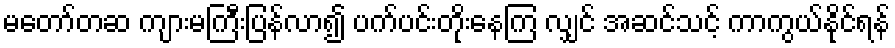
မတော်တဆ ကျားမကြီးပြန်လာ၍ ပက်ပင်းတိုးနေကြ လျှင် အဆင်သင့် ကာကွယ်နိုင်ရန်